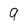
Character: 9